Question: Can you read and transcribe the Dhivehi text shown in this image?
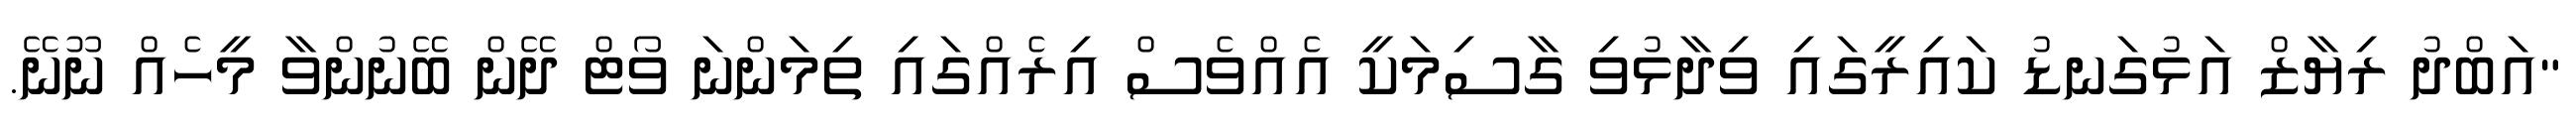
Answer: "އަބްދު ރިޔާޒް އަޅުގަނޑު ކައިރީގައި ވިދާޅުވި ގާސިމަކީ އެއްވެސް އިރެއްގައި ތިމަންނަ ވޯޓް ދޭން ބޭނުންވާ މީހެއް ނޫނޭ.